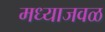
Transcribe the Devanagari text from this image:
मध्याजवळ